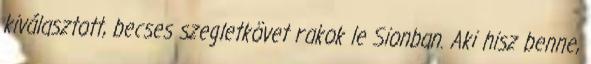
kiválasztott, becses szegletkövet rakok le Sionban. Aki hisz benne,